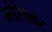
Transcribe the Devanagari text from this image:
भोरेश्वर